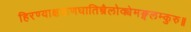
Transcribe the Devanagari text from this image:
हिरण्याक्षप्राणघातिन्त्रैलोक्येमङ्गलम्कुरु॥